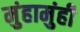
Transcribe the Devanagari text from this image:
मुंहामुंही